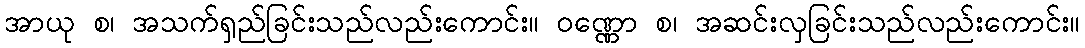
အာယု စ၊ အသက်ရှည်ခြင်းသည်လည်းကောင်း။ ဝဏ္ဏော စ၊ အဆင်းလှခြင်းသည်လည်းကောင်း။